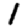
Digit: 1